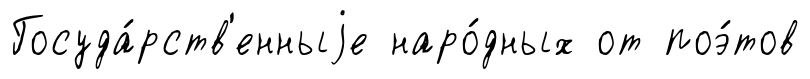
Госуда́рств'енныjе наро́дных от поэ́тов